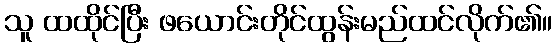
သူ ထထိုင်ပြီး ဖယောင်းတိုင်ထွန်းမည်ထင်လိုက်၏။